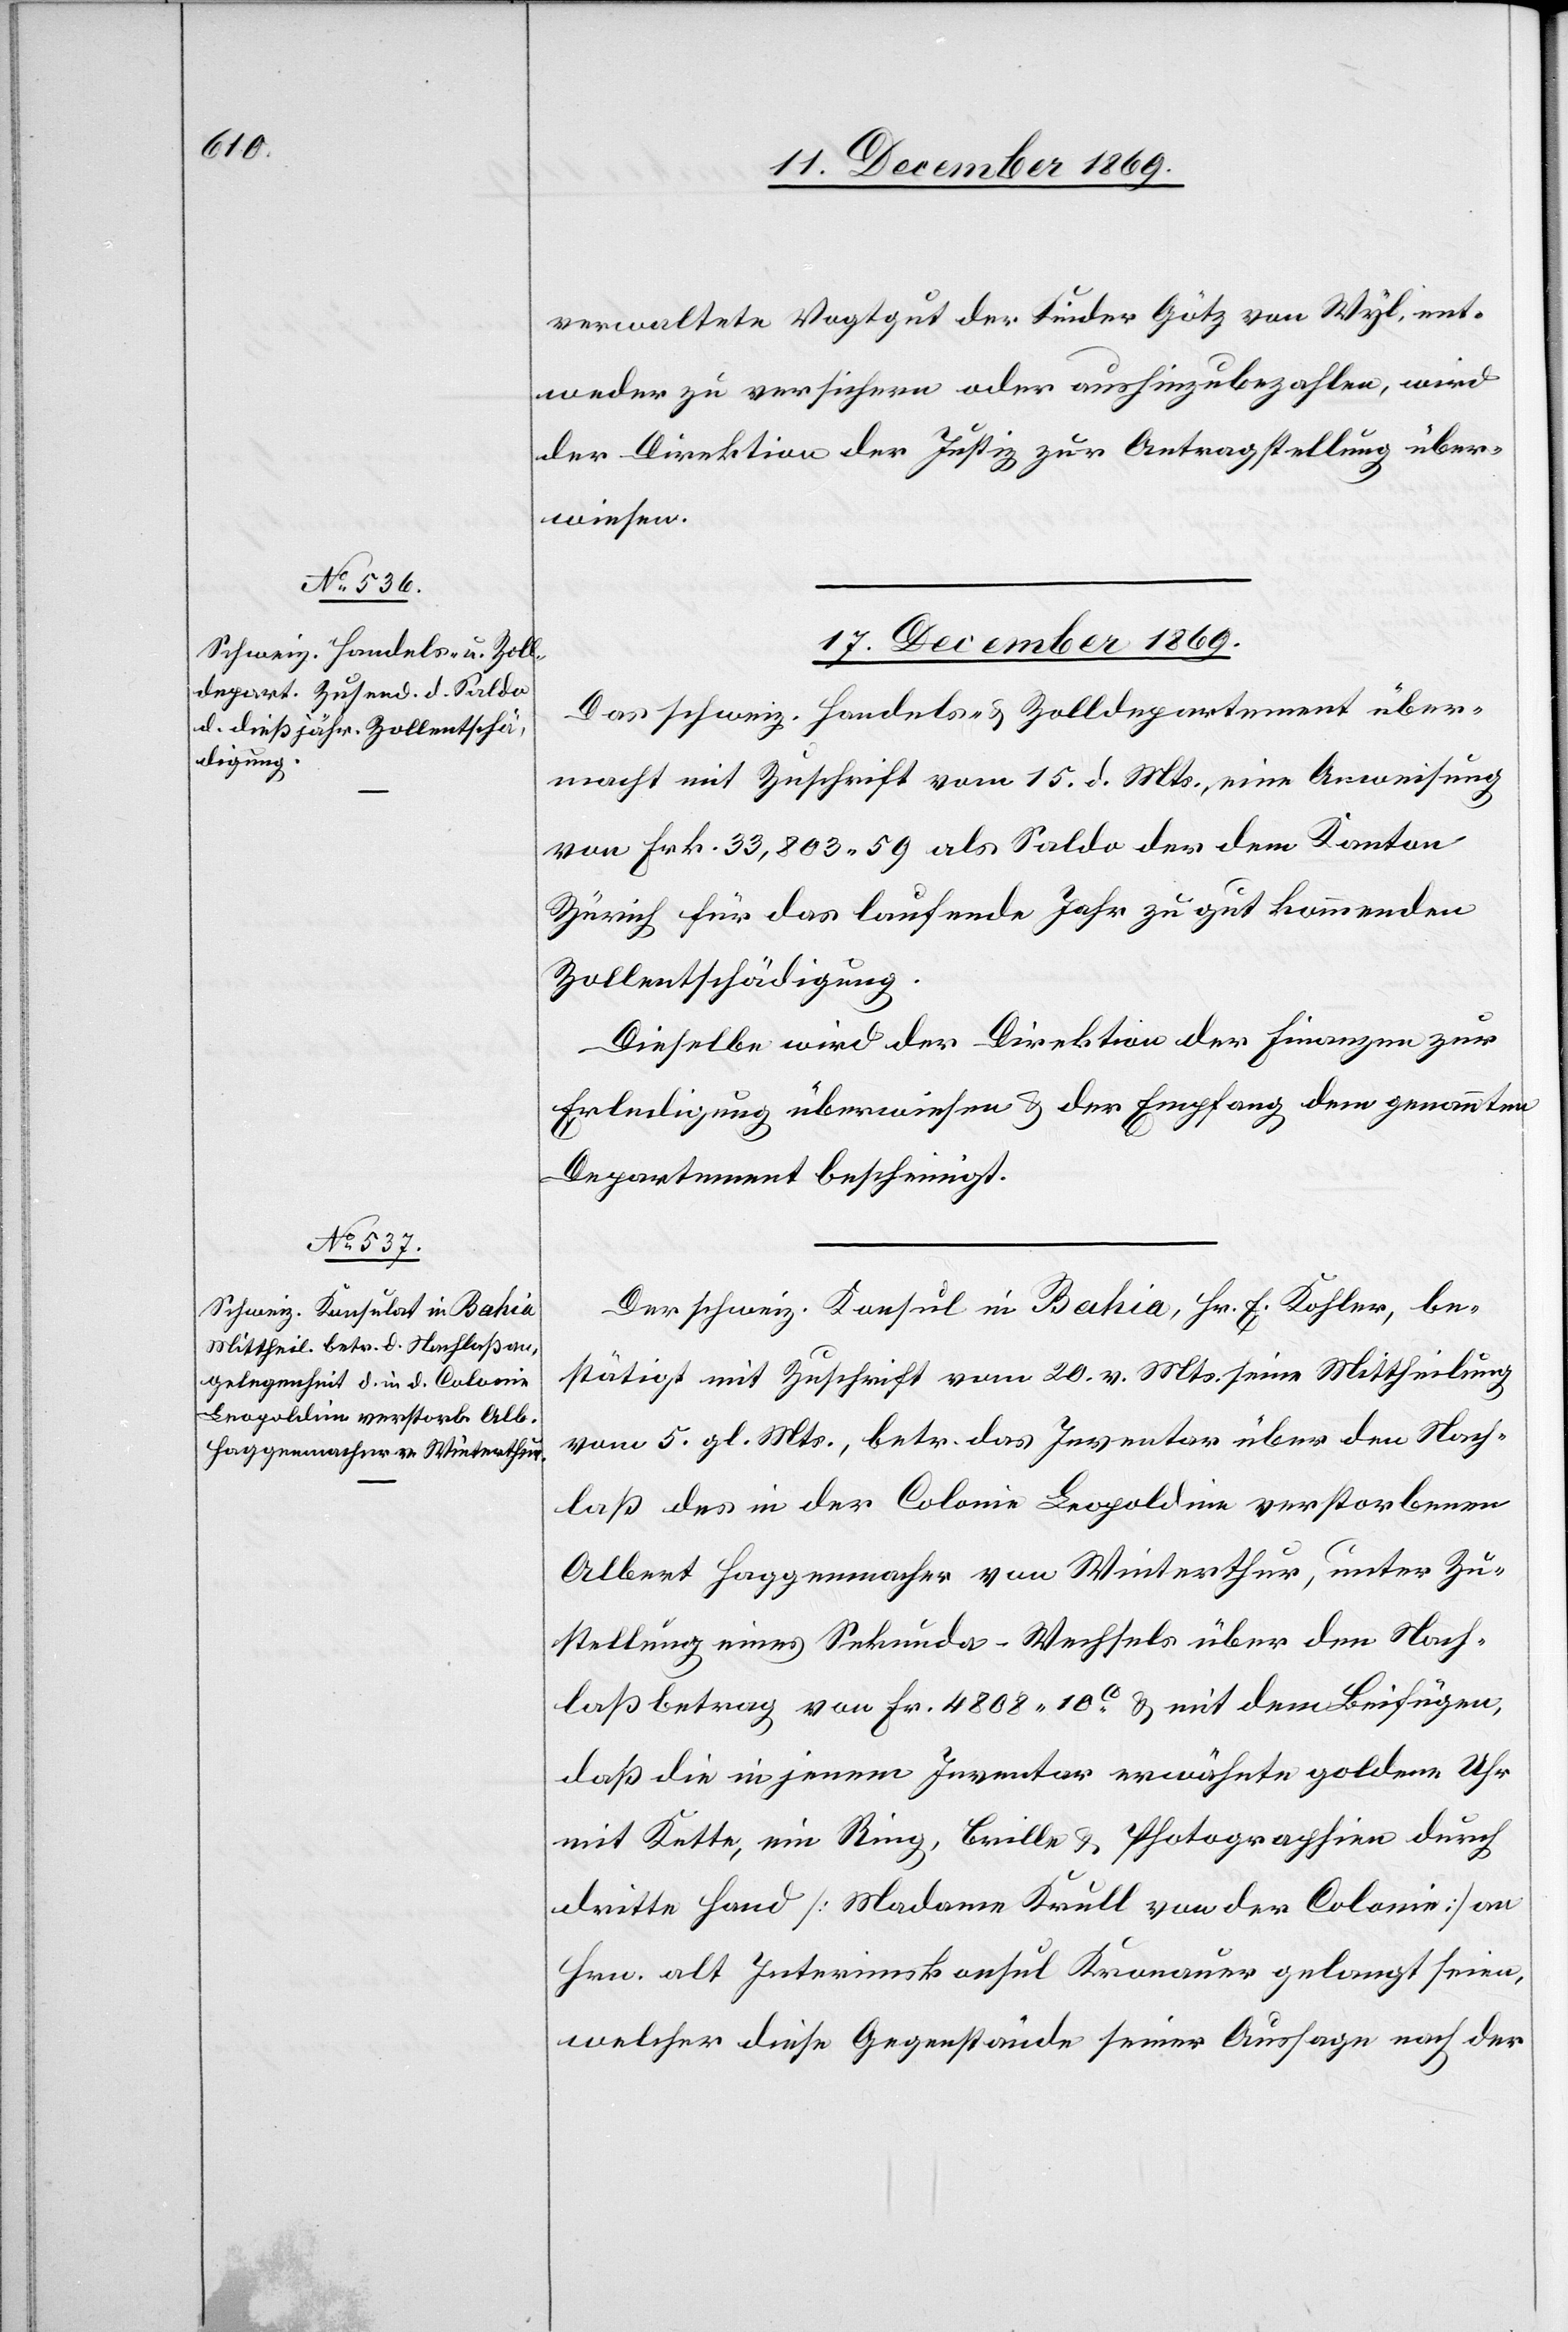
17. December 1869.]
verwaltete Vogtgut der Kinder Götz von Wyl, ent¬
weder zu versichern oder aushinzubezahlen, wird
der Direktion der Justiz zur Antragstellung über¬
wiesen.
Das schweiz. Handels- & Zolldepartement über¬
macht mit Zuschrift vom 15. d. Mts., eine Anweisung
von Frk. 33,803.59 als Saldo der dem Kanton
Zürich für das laufende Jahr zu gut kommenden
Zollentschädigung.
Dieselbe wird der Direktion der Finanzen zur
Erledigung überwiesen & der Empfang dem genannten
Departement bescheinigt.
Der schweiz. Konsul in Bahia, Hr. E. Kohler, be¬
stätigt mit Zuschrift vom 20. v. Mts. seine Mittheilung
vom 5. gl. Mts., betr. das Inventar über den Nach¬
laß des in der Colonie Leopoldine verstorbenen
Albert Haggenmacher von Winterthur, unter Zu¬
stellung eines Sekunda-Wechsels über den Nach¬
laßbetrag von Fr. 4808 10C & mit dem Beifügen,
daß die in jenem Inventar erwähnte goldene Uhr
mit Kette, ein Ring, Brille & Photographien durch
dritte Hand [Madame Krull von der Colonie] an
Hrn. alt Interimskonsul Kronauer gelangt seien,
welcher diese Gegenstände seiner Aussage nach der